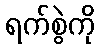
ရက်စွဲကို